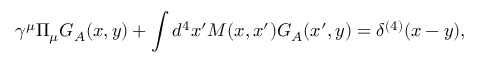
\gamma ^ { \mu } \Pi _ { \mu } G _ { A } ( x , y ) + \int d ^ { 4 } x ^ { \prime } M ( x , x ^ { \prime } ) G _ { A } ( x ^ { \prime } , y ) = \delta ^ { ( 4 ) } ( x - y ) ,